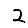
Digit: 2